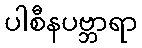
ပါစီနပဗ္ဘာရာ